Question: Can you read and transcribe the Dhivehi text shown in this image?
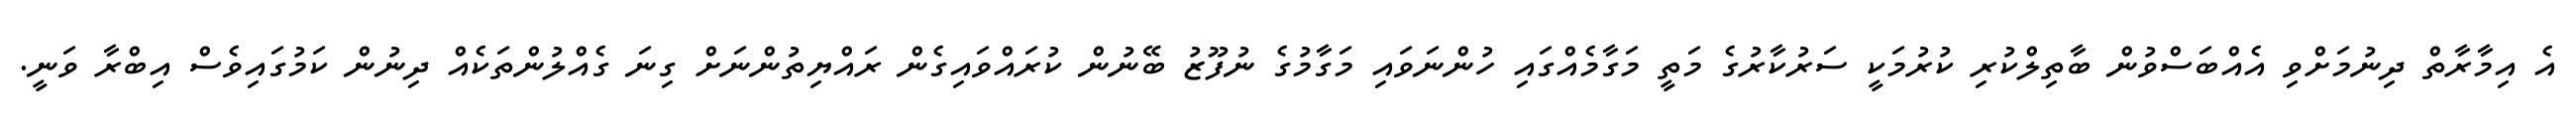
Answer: އެ އިމާރާތް ދިނުމަށްވި އެއްބަސްވުން ބާތިލްކުރި ކުރުމަކީ ސަރުކާރުގެ މަތީ މަގާމެއްގައި ހުންނަވައި މަގާމުގެ ނުފޫޒު ބޭނުން ކުރައްވައިގެން ރައްޔިތުންނަށް ގިނަ ގެއްލުންތަކެއް ދިނުން ކަމުގައިވެސް އިބްރާ ވަނީ.